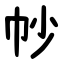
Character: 㠺